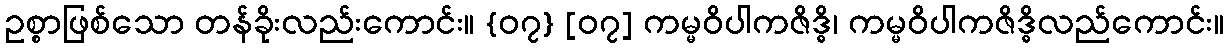
ဥစ္စာဖြစ်သော တန်ခိုးလည်းကောင်း။ {၀၇} [၀၇] ကမ္မဝိပါကဇိဒ္ဓိ၊ ကမ္မဝိပါကဇိဒ္ဓိလည်ကောင်း။